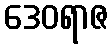
ဒေဝရာဇ